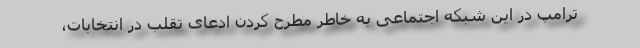
ترامپ در این شبکه‌ اجتماعی به خاطر مطرح کردن ادعای تقلب در انتخابات،